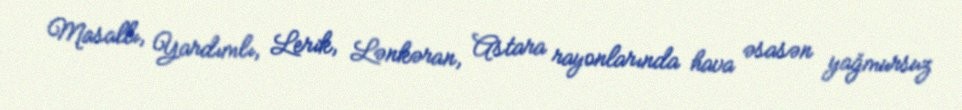
Masallı, Yardımlı, Lerik, Lənkəran, Astara rayonlarında hava əsasən yağmursuz